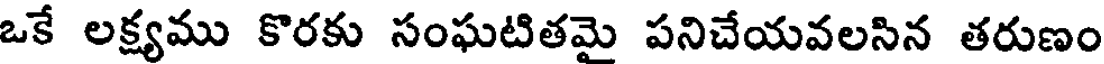
ఒకే లక్ష్యము కొరకు సంఘటితమై పనిచేయవలసిన తరుణం